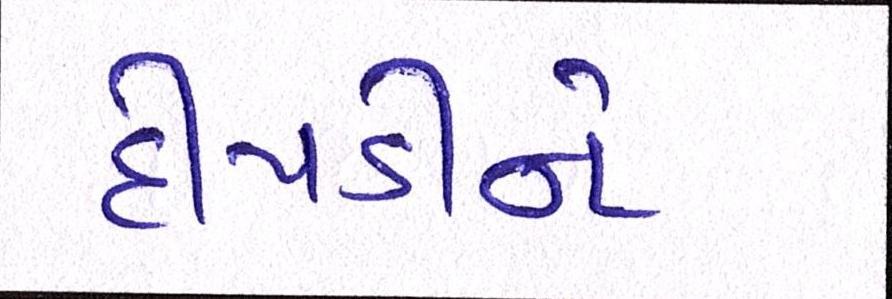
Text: દીપડીને